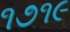
૧૭૧૯